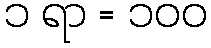
၁ ရာ = ၁၀၀